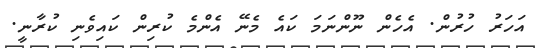
އަހަރު ހުރުން. އެހެން ނޫންނަމަ ކައެ މެނޭ އެންމެ ކުރިން ކައިވެނި ކުރާނީ.